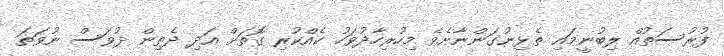
ފުރުސަތުއް ލިބުނީމައި ތެޅިނުގަންނާށެވެ މިހުރިހާދުވަހު ކެއްކުރި ގޮތަށް އަދި ދެތިން ދުވަސް ނުވަތަ